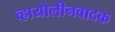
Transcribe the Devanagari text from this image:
व्हायोलीनवादक